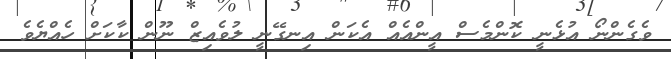
ވެގެންނޯ އުޅެނީ ކޮންމެސް އީންއެއް އެކަން އިނގޭނީ ލުވެއިޒް ނޫން ކާކަށް ހެއްޔެވެ